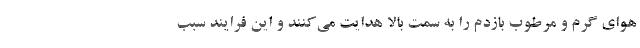
هوای گرم و مرطوب بازدم را به سمت بالا هدایت می‌کنند و این فرایند سبب